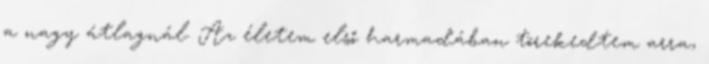
a nagy átlagnál. Az életem első harmadában törekedtem arra,